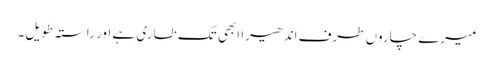
میرے چاروں طرف اندھیرا ابھی تک طاری ہے اور راستہ طویل۔